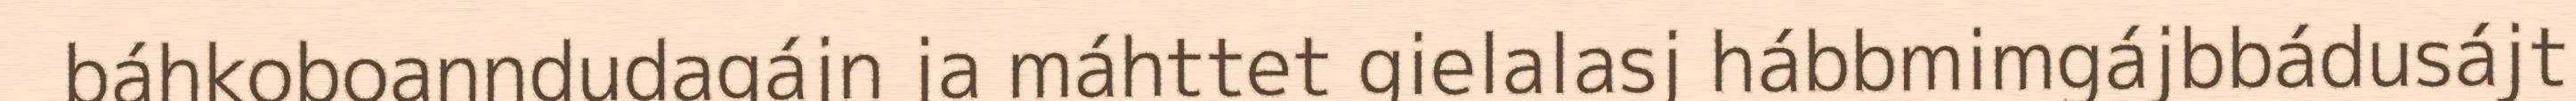
báhkoboanndudagájn ja máhttet gielalasj hábbmimgájbbádusájt